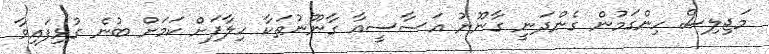
މަޖިލިސް ހިންގަމުން ގެންދަނީ ގާނޫނު އަސާސީއާ ގާނޫނުތަކާ ހިލާފަށް ކަމަށް ބުނެ ގުޅިފައިވާ